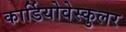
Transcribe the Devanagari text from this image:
कार्डियोवेस्कुलर